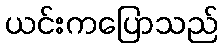
ယင်းကပြောသည်